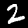
Digit: 2